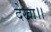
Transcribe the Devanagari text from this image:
देखा।।